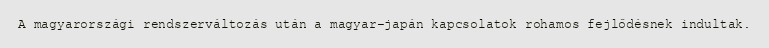
A magyarországi rendszerváltozás után a magyar-japán kapcsolatok rohamos fejlődésnek indultak.